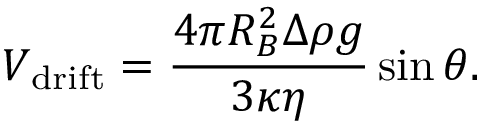
V _ { \mathrm { d r i f t } } = \frac { 4 \pi R _ { B } ^ { 2 } \Delta \rho g } { 3 \kappa \eta } \sin \theta .